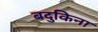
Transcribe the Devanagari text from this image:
बदुकिना